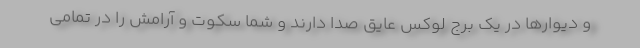
و دیوارها در یک برج لوکس عایق صدا دارند و شما سکوت و آرامش را در تمامی